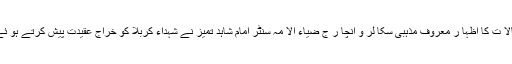
ان خیالا ت کا اظہا ر معروف مذہبی سکا لر و انچا ر ج ضیاء الا مہ سنٹر امام شاہد تمیز نے شہداء کربلا کو خراج عقیدت پیش کرتے ہو ئے کیا۔